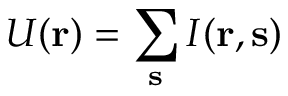
U ( { \bf r } ) = \sum _ { \bf s } I ( { \bf r } , { \bf s } )